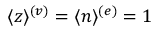
\langle z \rangle ^ { ( v ) } = \langle n \rangle ^ { ( e ) } = 1